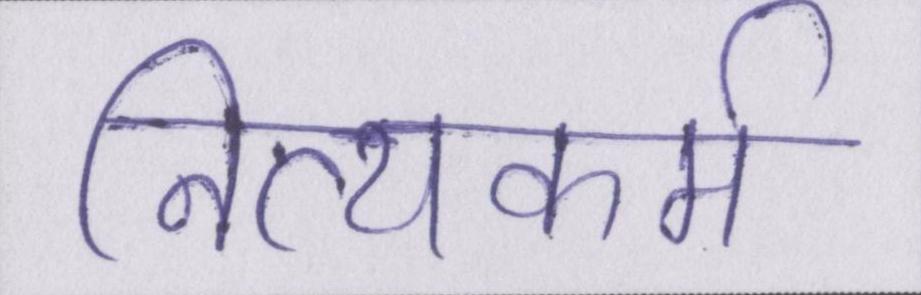
नित्यकर्म